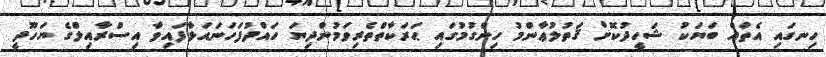
ހިނގައި އެތައް ބަޔަކު ޝަހީދުކޮށް ޤަތުލުޢާންމު ހިންގުުމުގައި ޙަރަކާތްތެރިވަމުންދިޔަ ހައްދުފަހަނައަޅާފައިވާ އިސްރާއިލްގެ ޔަހޫދީ